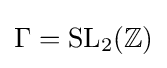
\Gamma ={\text{SL}}_{2}(\mathbb {Z} )